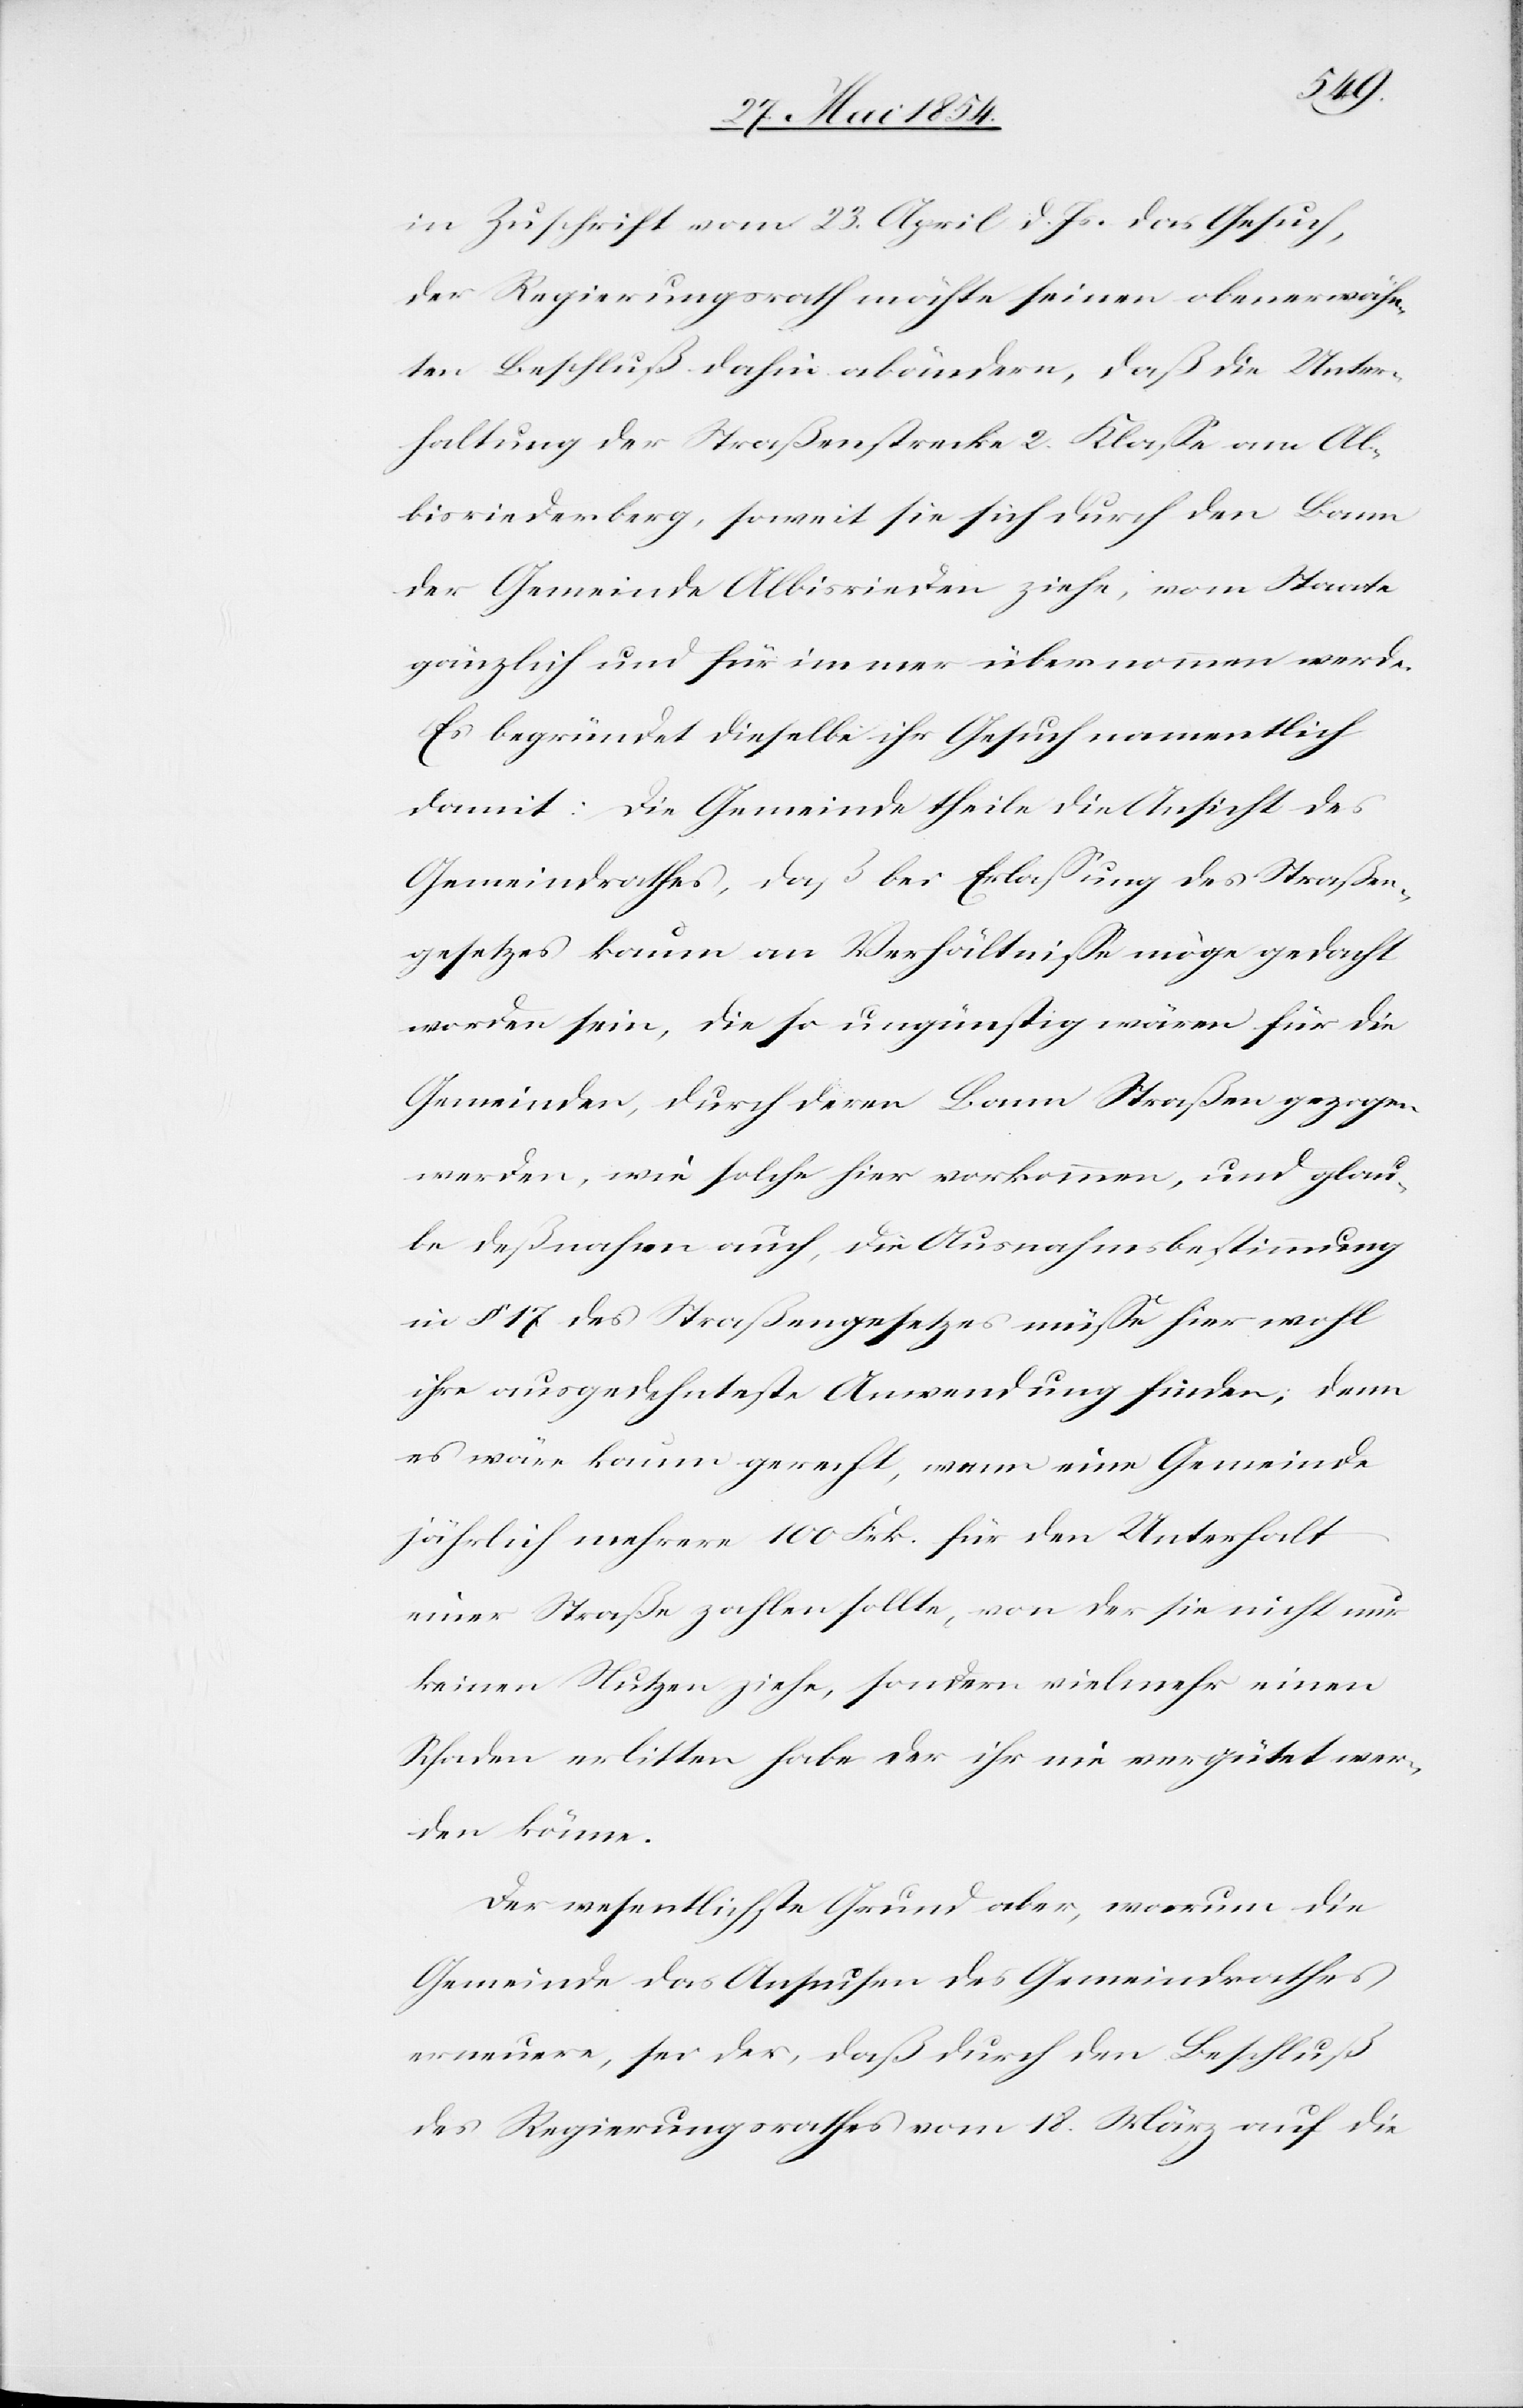
in Zuschrift vom 23. April d. Js. das Gesuch,
der Regierungsrath möchte seinen obenerwähn¬
ten Beschluß dahin abändern, daß die Unter¬
haltung der Straßenstrecke 2. Klaße am Al¬
bisriederberg, soweit sie sich durch den Bann
der Gemeinde Albisrieden ziehe, vom Staate
gänzlich und für immer übernommen werde.
Es begründet dieselbe ihr Gesuch namentlich
damit: Die Gemeinde theile die Ansicht des
Gemeindrathes, daß bei Erlaßung des Straßen¬
gesetzes kaum an Verhältniße möge gedacht
worden sein, die so ungünstig wären für die
Gemeinden, durch deren Bann Straßen gezogen
werden, wie solche hier vorkommen, und glau¬
be deßnahen auch, die Ausnahmsbestimmung
in § 17 des Straßengesetzes müße hier wohl
ihre ausgedehnteste Anwendung finden; denn
es wäre kaum gerecht, wenn eine Gemeinde
jährlich mehrere 100 Frk. für den Unterhalt
einer Straße zahlen sollte, von der sie nicht nur
keinen Nutzen ziehe, sondern vielmehr einen
Schaden erlitten habe der ihr nie vergütet wer¬
den könne.
Der wesentlichste Grund aber, warum die
Gemeinde das Ansuchen des Gemeindrathes
erneuere, sei der, daß durch den Beschluß
des Regierungsrathes vom 18. März auf die